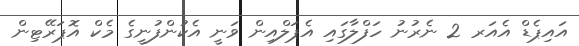
އައިޕެޑް އެއަރ 2 ނެރުނު ހަފްލާގައި އެޕަލްއިން ވަނީ އެކުންފުނީގެ މެކް އޮޕަރޭޓިން